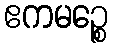
ဧကမဉ္စေ